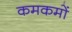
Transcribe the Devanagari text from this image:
कमकमों